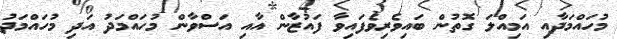
މުހައްމަދާއި އަމިއްލަ ގޮތުން ބައިވެރިވެފައިވާ ފައުޒާން އާއި އަސްވާން މުހައްމަދު އަދި މުހައްމަދު